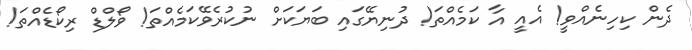
ދެން ކިހިނެއްވީ! އެއީ އާ ކަމެއްތަ! ދުނިޔޭގައި ބަޔަކަށް ނުކުރެވޭކަމެއްތަ! ވޯލްޑް ރިކޯޑެއްތަ!